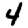
Digit: 4